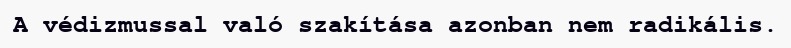
A védizmussal való szakítása azonban nem radikális.